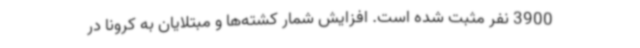
3900 نفر مثبت شده است. افزایش شمار کشته‌ها و مبتلایان به کرونا در